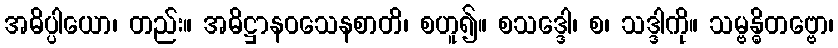
အဓိပ္ပါယော၊ တည်း။ အဓိဋ္ဌာနဝသေနစာတိ၊ စဟူ၍။ စသဒ္ဒေါ၊ စ၊ သဒ္ဒါကို။ သမ္ဗန္ဓိတဗ္ဗော၊